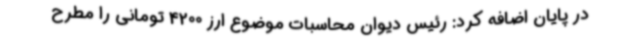
در پایان اضافه کرد: رئیس دیوان محاسبات موضوع ارز 4200 تومانی را مطرح